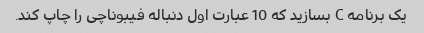
یک برنامه C بسازید که 10 عبارت اول دنباله فیبوناچی را چاپ کند.